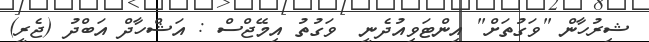
ޝިރުހާން "ވަގުތަށް" އިންޓަވިއުދެނީ  ވަގުތު އިމޭޖްސް : އަޝްހާދް އަބްދު (ޖެރީ)